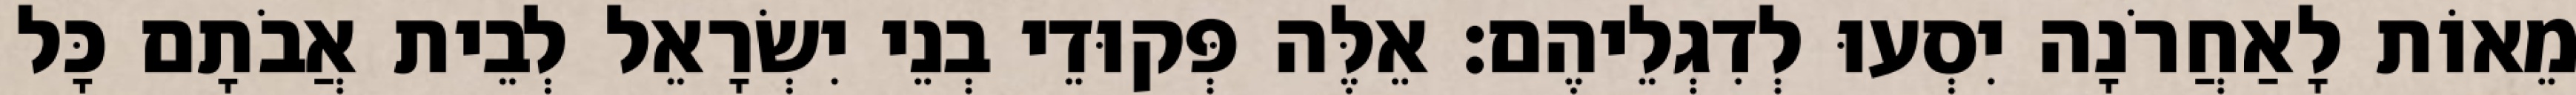
מֵאוֹת לָאַחֲרֹנָה יִסְעוּ לְדִגְלֵיהֶם׃ אֵלֶּה פְּקוּדֵי בְנֵי יִשְׂרָאֵל לְבֵית אֲבֹתָם כָּל